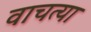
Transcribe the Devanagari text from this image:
वाचत्या